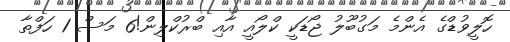
ހޮލީވުޑްގެ އެންމެ މަގުބޫލު ޖޯޑަކީ ކްލޯއީ އާއި ބްރުކްލިން!6 މަސް 1 ހަފްތާ